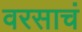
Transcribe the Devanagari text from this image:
वरसाचं